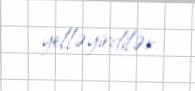
yelləyirdilər.